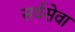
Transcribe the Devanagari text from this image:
सर्वसेवा